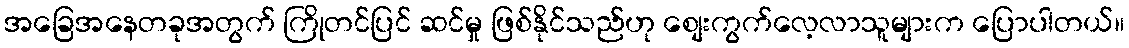
အခြေအနေတခုအတွက် ကြိုတင်ပြင် ဆင်မှု ဖြစ်နိုင်သည်ဟု စျေးကွက်လေ့လာသူများက ပြောပါတယ်။